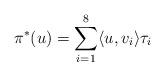
LaTeX: \begin{align*} \pi^*(u)=\sum_{i=1}^8\langle u,v_i\rangle \tau_i \end{align*}